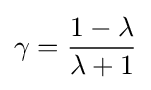
\gamma ={\frac {1-\lambda }{\lambda +1}}